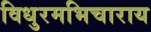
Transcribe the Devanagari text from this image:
विधुरमभिचाराय